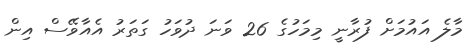
މާލެ އައުމަށް ފުރާނީ މިމަހުގެ 26 ވަނަ ދުވަހު ގަތަރު އެއާވޭސް އިން